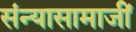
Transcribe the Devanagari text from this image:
संन्यासामाजीं